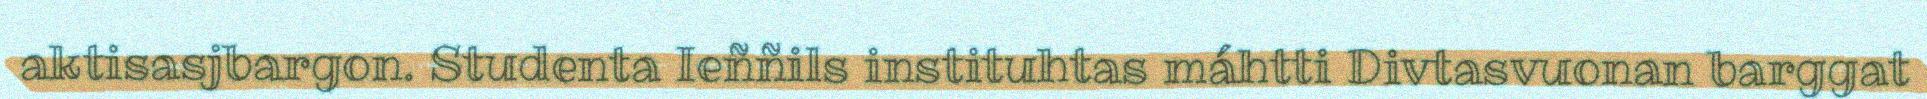
aktisasjbargon. Studenta Ieññils instituhtas máhtti Divtasvuonan barggat